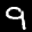
Label: 9